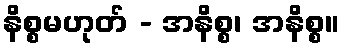
နိစ္စမဟုတ် - အနိစ္စ၊ အနိစ္စ။